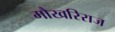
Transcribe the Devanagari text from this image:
मौखरिराज